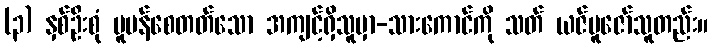
(၃) နှစ်ဦးစုံ ပူပန်စေတတ်သော အကျင့်ရှိသူမှာ-သားကောင်ကို သတ် ယဇ်ပူဇော်သူတည်း။